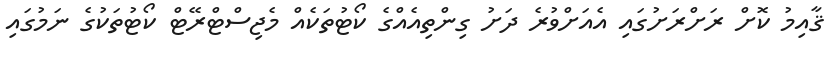
ޤާއިމު ކޮށް ރަށްރަށުގައި އެއަށްވުރެ ދަށު ގިންތިއެއްގެ ކޯޓުތަކެއް މެޖިސްޓްރޭޓް ކޯޓުތަކުގެ ނަމުގައި